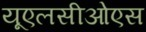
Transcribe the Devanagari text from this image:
यूएलसीओएस